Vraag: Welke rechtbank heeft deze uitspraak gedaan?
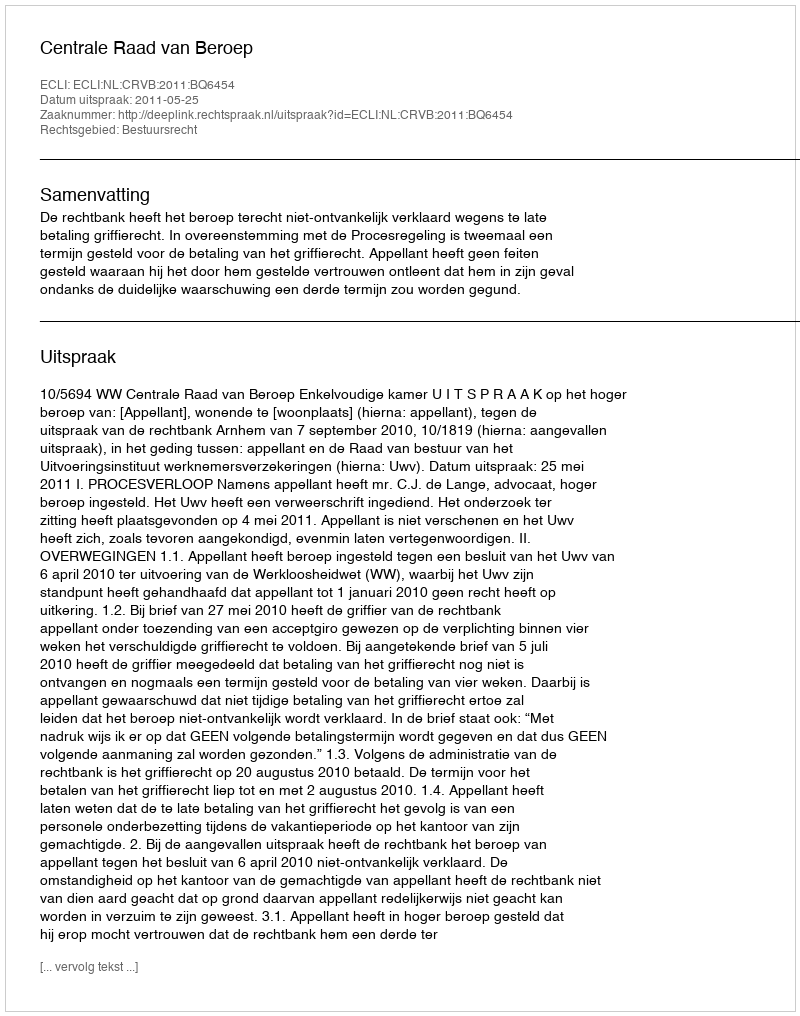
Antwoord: Centrale Raad van Beroep